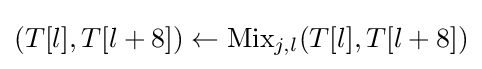
(T[l],T[l+8])\leftarrow {\textrm {Mix}}_{j,l}(T[l],T[l+8])